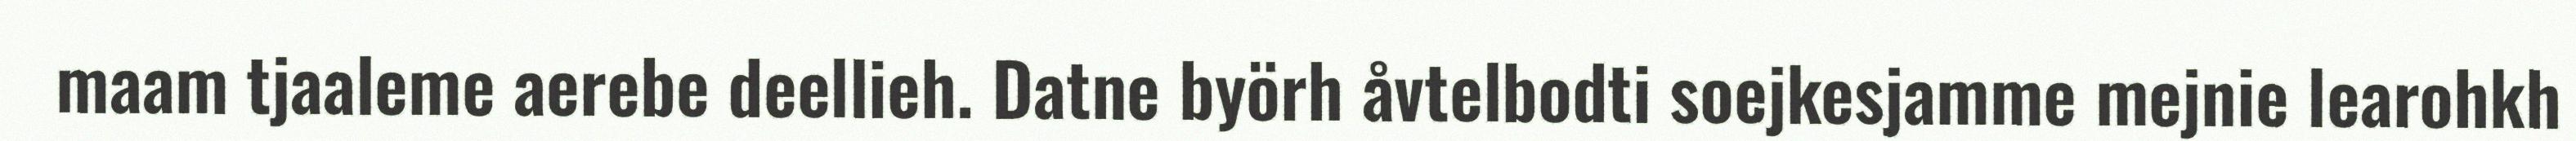
maam tjaaleme aerebe deellieh. Datne byörh åvtelbodti soejkesjamme mejnie learohkh